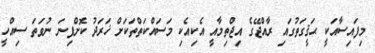
މިފައިސާއަކީ ޙަޤީގަތުގައި ރާއްޖޭގެ އިޖްތިމާއީ އެކިއެކި މަސައްކަތްތަކަށް ޚަރަދު ކޮށްފިނަަ ނުވަތަ ސިއްހީ